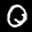
Label: 0